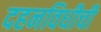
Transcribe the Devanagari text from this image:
दहनविधीची